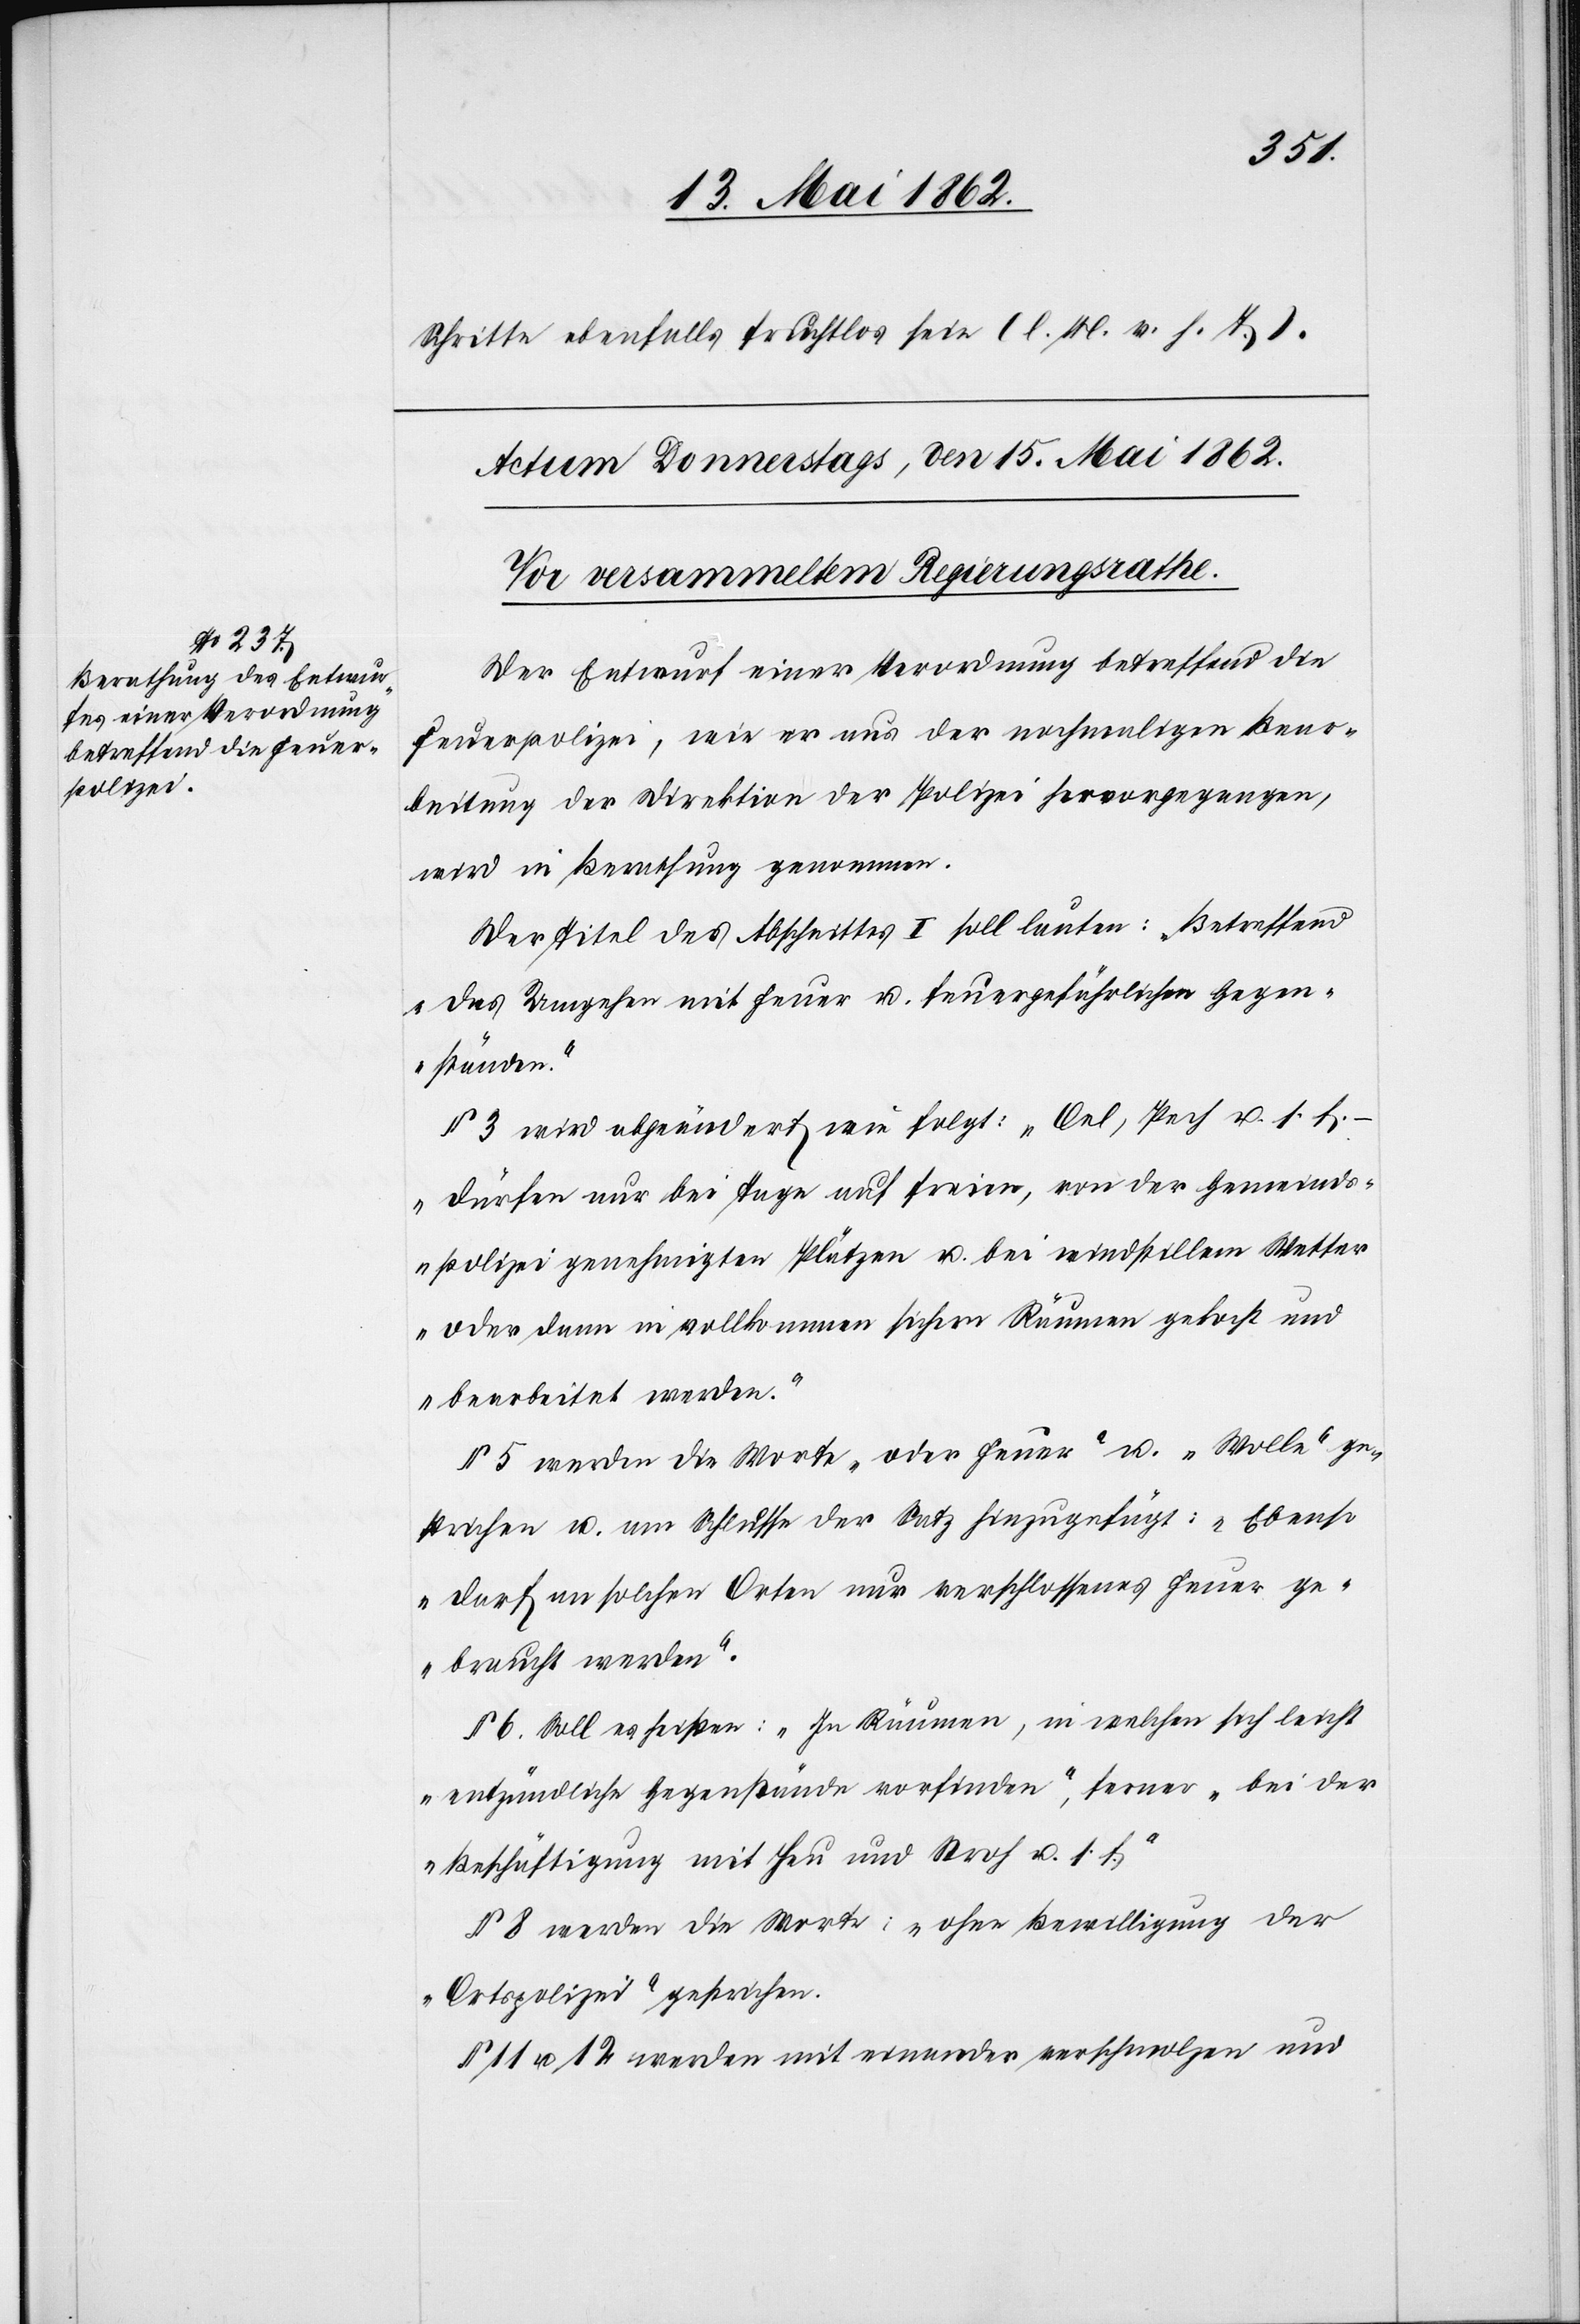
Schritte ebenfalls fruchtlos sein (l. M. v. H. T.).
Der Entwurf einer Verordnung betreffend die
Feuerpolizei, wie er aus der nochmaligen Baar¬
leitung der Direktion der Polizei hervorgegangen,
wird in Berathung genommen.
Der Titel des Abschnittes I soll lauten: Betreffend
„das Umgehen mit Feuer u. feuergefährlichen Gegen¬
ständen.“
§ 3 soll abgeändert wie folgt: „Oel, Pech u. s. f. –
dürfen nur bei Tage auf freien, von der Gemeinds¬
polizei genehmigten Plätzen u. bei windstillem Wetter
oder dann in vollkommen sichern Räumen gekocht und
bearbeitet werden.“
§ 5 werden die Worte „oder Feuer“ u. „Wolle“ ge¬
strichen u. am Schlusse der Satz hinzugefügt: „Ebenso
darf an solchen Orten nur verschlossenes Feuer ge¬
braucht werden.“
§ 6. Soll es heißen: „In Räumen, in welchen sich leicht
entzündliche Gegenstände vorfinden“, ferner „bei der
Beschäftigung mit Heu und Stroh u. s. f.“
§ 8 werden die Worte: „ohne Bewilligung der
Ortspolizei“ gestrichen.
§. 11 u. 12 werden mit einander verschmolzen und